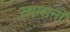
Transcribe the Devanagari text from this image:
स्थासनों